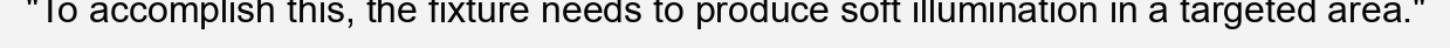
"To accomplish this, the fixture needs to produce soft illumination in a targeted area."